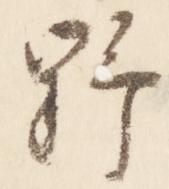
野